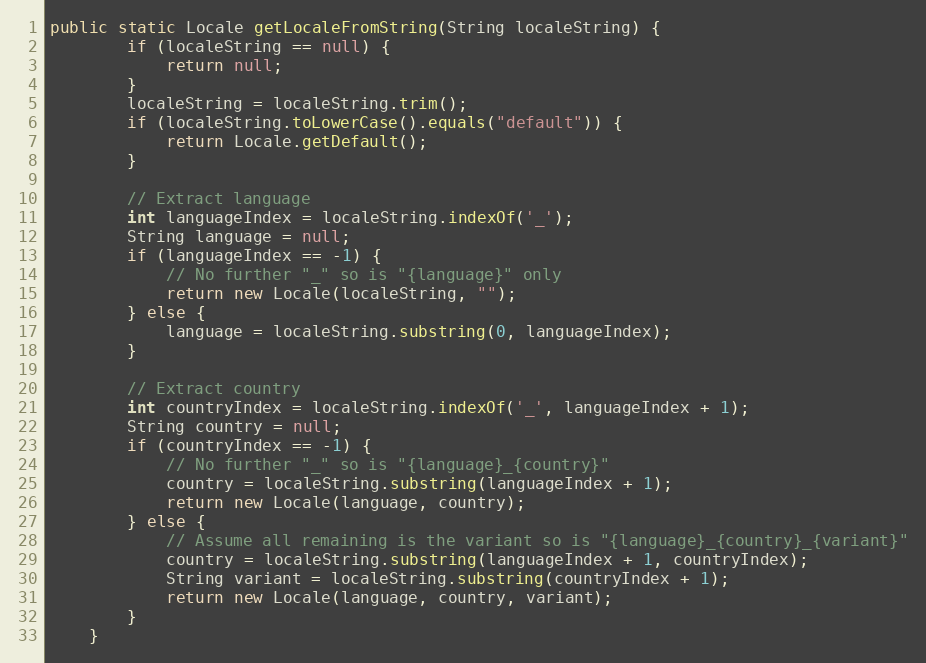
Language: Java
public static Locale getLocaleFromString(String localeString) {
        if (localeString == null) {
            return null;
        }
        localeString = localeString.trim();
        if (localeString.toLowerCase().equals("default")) {
            return Locale.getDefault();
        }

        // Extract language
        int languageIndex = localeString.indexOf('_');
        String language = null;
        if (languageIndex == -1) {
            // No further "_" so is "{language}" only
            return new Locale(localeString, "");
        } else {
            language = localeString.substring(0, languageIndex);
        }

        // Extract country
        int countryIndex = localeString.indexOf('_', languageIndex + 1);
        String country = null;
        if (countryIndex == -1) {
            // No further "_" so is "{language}_{country}"
            country = localeString.substring(languageIndex + 1);
            return new Locale(language, country);
        } else {
            // Assume all remaining is the variant so is "{language}_{country}_{variant}"
            country = localeString.substring(languageIndex + 1, countryIndex);
            String variant = localeString.substring(countryIndex + 1);
            return new Locale(language, country, variant);
        }
    }